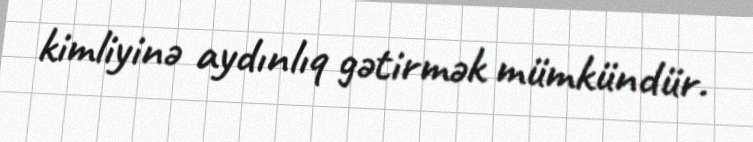
kimliyinə aydınlıq gətirmək mümkündür.